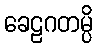
ခေဠဂတမ္ပိ